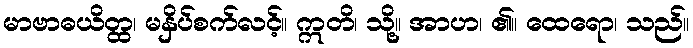
မာဗာဓယိတ္ထ၊ မနှိပ်စက်လင့်။ ဣတိ၊ သို့။ အာဟ၊ ၏။ ထေရော၊ သည်။